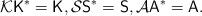
LaTeX: \begin{align*}\mathcal{K} \mathsf{K}^* = \mathsf{K}, \mathcal{S} \mathsf{S}^* = \mathsf{S}, \mathcal{A} \mathsf{A}^* = \mathsf{A}.\end{align*}